Civil Veterinary Department. Madras. Admin. report 1926-33 - 1926-1933
Year: 1926
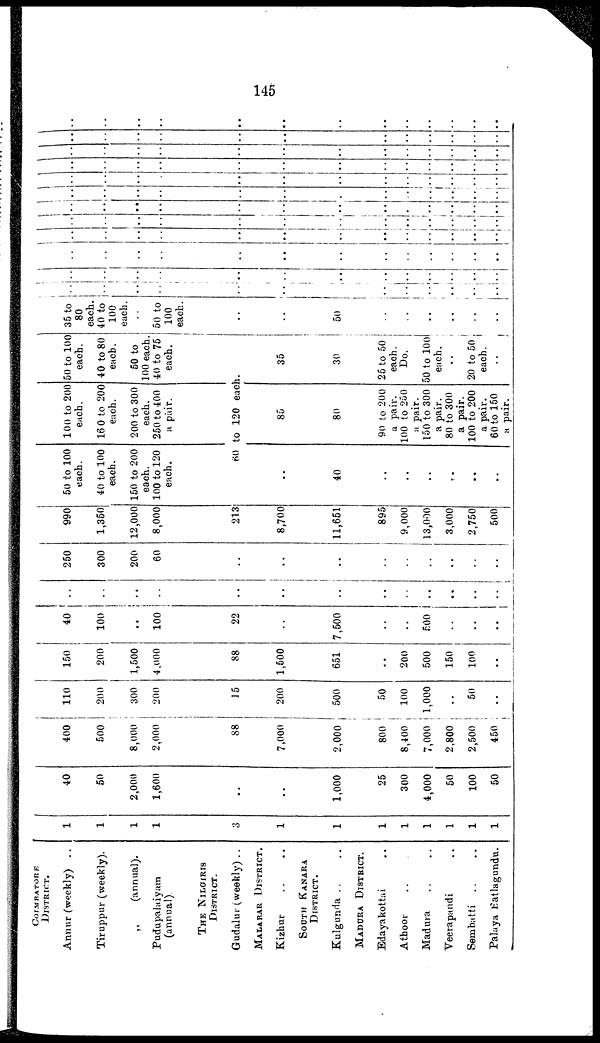
145
COIMBATORE
DISTRICT.
Annur (weekly) ..
Tiruppur (weekly).
„
(annual).
Pudupalaiyam
(annual).
THE NILGIRI
DISTRICT.
Gudalur (weekly) ..
MALABAR DISTRICT.
Kizhur .. ...
SOUTH KANARA
DISTRICT.
Kulgunda .. ..
MADURA DISTRICT.
Edayakottai ..
Athoor ..
Madura .. ..
Veerapandi ..
Sembatti .. ..
Palaya Batlagundu.
1
1
1
1
3
1
1
1
1
1
1
1
1
40
50
2,000
1,600
..
..
1,000
25
300
4,000
50
100
50
400
500
8,000
2,000
88
7,000
2,000
800
8,400
7,000
2,800
2,500
450
110
200
300
200
15
200
500
50
100
1,000
..
50
..
150
200
1,500
4,000
88
1,500
651
..
200
500
150
100
..
40
100
..
100
22
..
7,500
..
..
500
..
..
..
..
..
..
..
..
..
..
..
..
.. ..
..
..
..
250
300
200
60
..
..
..
..
..
..
..
..
..
..
990
1,350
12,000
8,000
213
8,700
11,651
895
9,000
13,000
3,000
2,750
500
50 to 100
each.
40 to 100
each.
150 to 200
each.
100 to 120
each.
100 to 200
each.
160 to 200
each.
200 to 300
each.
250 to 400
a pair.
50 to 100
each.
40 to 80
each.
50 to
100 each.
40 to 75
each.
60to 120 each.
..
40
..
..
..
..
..
..
85
80
90 to 200
a pair.
100 to 250
a pair.
150 to 300
a pair.
80 to 300
a pair.
100 to 200
a pair.
60 to 150
a pair.
35
30
25 to 50
each.
Do.
50 to 100
each.
..
20 to 50
each.
..
35 to
80
each.
40 to
100
each.
50 to
100
each.
..
..
50
..
..
..
..
..
..
..
..
..
..
..
..
..
..
..
..
..
..
..
..
..
..
..
..
..
..
..
..
..
..
..
..
..
..
..
..
..
..
..
..
..
..
..
..
..
..
..
..
..
..
..
..
..
..
..
..
..
..
..
..
..
..
..
..
..
..
..
..
..
..
..
..
..
..
..
..
..
..
..
..
..
..
..
..
..
..
..
..
..
..
..
..
..
..
..
..
..
..
..
..
..
..
..
..
..
..
..
..
..
..
..
..
..
..
..
..
..
..
..
..
..
..
..
..
..
..
..
..
..
..
..
..
..
..
..
..
..
..
..
..
..
..
..
..
..
..
..
..
..
..